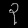
Digit: ၃